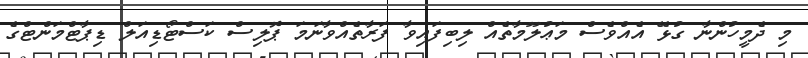
މި ދެމީހުންނާ ގުޅޭ އެއްވެސް މަޢުލޫމާތެއް ލިބިފައިވާ ފަރާތެއްވާނަމަ ޕޮލިސް ކަސްޓޯޑިއަލް ޑިޕާޓްމަންޓްގެ